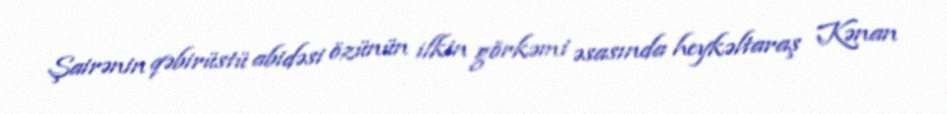
Şairənin qəbirüstü abidəsi özünün ilkin görkəmi əsasında heykəltaraş Kənan